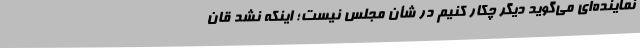
نماینده‌ای می‌گوید دیگر چکار کنیم در شأن مجلس نیست؛ اینکه نشد قان